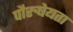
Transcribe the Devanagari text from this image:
पौरुषेयता